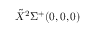
\Tilde { X } ^ { 2 } \Sigma ^ { + } ( 0 , 0 , 0 )